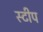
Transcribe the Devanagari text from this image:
स्टीप